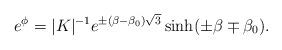
LaTeX: \begin{align*}e^{\phi}=\vert K\vert^{-1}e^{\pm(\beta-\beta_0)\sqrt{3}} \sinh(\pm\beta\mp\beta_0).\end{align*}